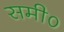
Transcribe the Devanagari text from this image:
समी०